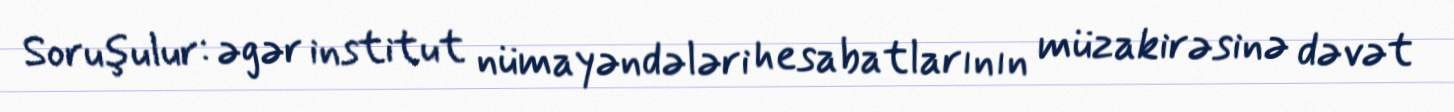
Soruşulur: əgər institut nümayəndələri hesabatlarının müzakirəsinə dəvət